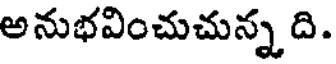
అనుభవించుచున్న ది.